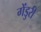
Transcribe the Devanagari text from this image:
गेंडुरी